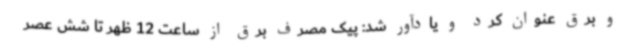
و برق عنوان کرد و یادآور شد: پیک مصرف برق از ساعت 12 ظهر تا شش عصر